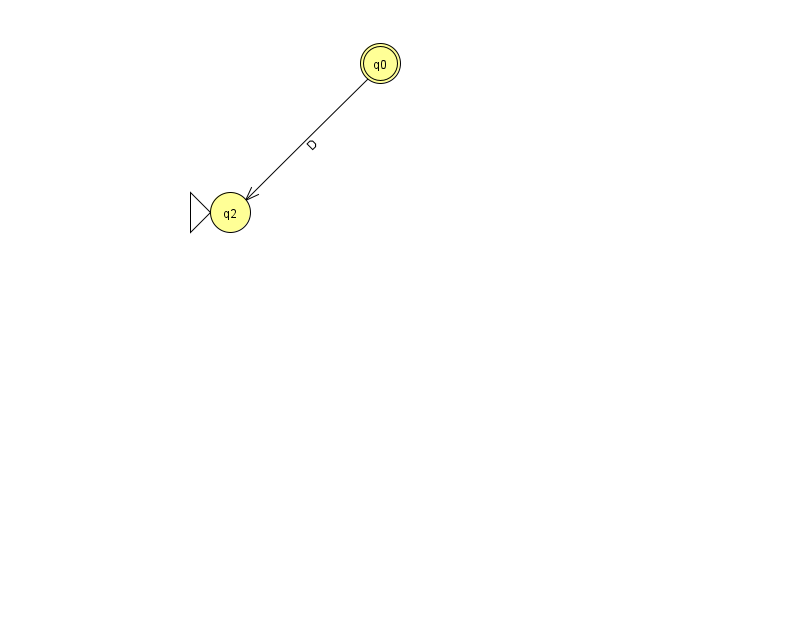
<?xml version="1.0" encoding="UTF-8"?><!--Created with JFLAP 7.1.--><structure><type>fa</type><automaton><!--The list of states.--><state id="0" name="q0"><x>380.0</x><y>50.0</y><final/></state><state id="2" name="q2"><x>230.0</x><y>199.0</y><initial/></state><!--The list of transitions.--><transition><from>0</from><to>2</to><read>D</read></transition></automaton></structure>